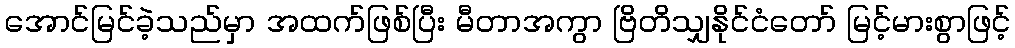
အောင်မြင်ခဲ့သည်မှာ အထက်ဖြစ်ပြီး မီတာအကွာ ဗြိတိသျှနိုင်ငံတော် မြင့်မားစွာဖြင့်